Report on vaccination in Madras 1895-1903 - 1895-1903
Year: 1895
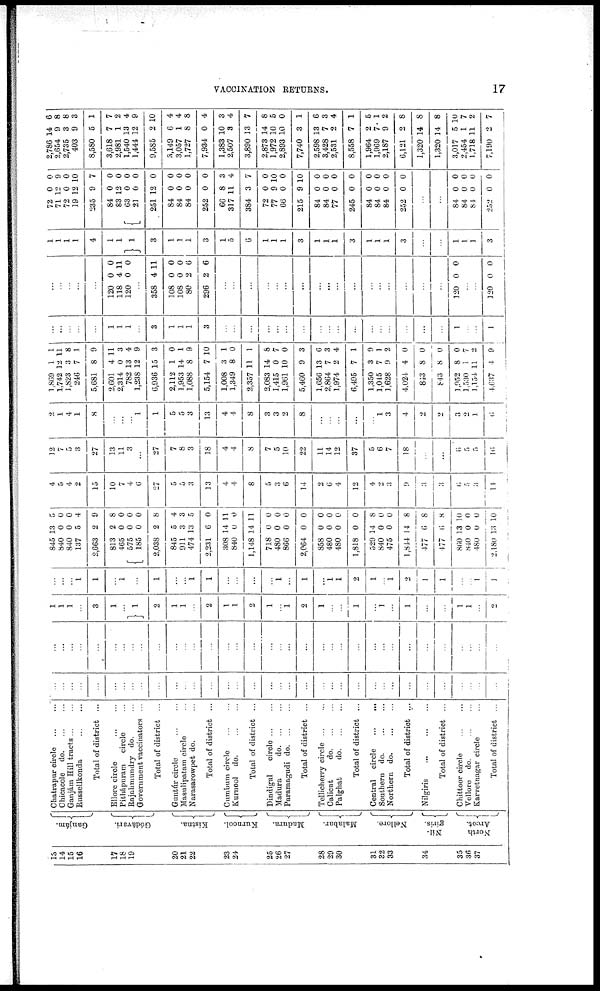
VACCINATION RETURNS.
17
13
14
15
16
17
18
19
20
21
22
23
24
25
26
27
28
29
30
31
32
33
34
35
36
37
Ganjám.
Gódávari.
Kistna.
Kurnool.
Madura.
Malabar.
Nellore.
Nil-
giris.
North
Arcot.
Chatarapur circle
...
...
Chicacole
d
o
. ... ...
Ganjám Hill tracts
...
...
Russellkonda
...
...
Total of district ...
Ellore circle
...
...
Pithápuram
circle ...
Rajahmundry do. ...
Government vaccinators ...
Total of district ...
Guntúr circle ... ...
Masulipatam circle ...
Narasarowpet do. ...
Total of district ...
Cumbum circle ... ...
Kurnool
do.
...
...
Total of district ...
Dindigul
circle
...
...
Madura
d
o
. ... ...
Paramagudi d
o
. ... ...
Total of district ...
Tellicherry circle ... ...
Calicut
d
o
. ... ...
Palghat
d
o
. ... ...
Total of district ...
Central
circle
...
...
Southern d
o
. ... ...
Northern d
o
. ... ...
Total of district ...
Nilgiris
...
...
...
Total of district ...
Chittoor circle ... ...
Vellore
do.
...
...
Karvetnagar circle ...
Total of district ...
...
...
...
...
...
...
...
...
...
...
...
...
...
...
...
...
...
...
...
...
...
...
...
...
...
...
...
...
...
...
...
...
...
...
...
...
...
...
...
...
...
...
...
...
...
...
...
...
...
...
...
...
...
...
...
...
...
...
...
...
...
...
...
...
...
...
...
...
...
...
1
1
1
...
3
1
...
1
2
1
1
...
2
1
1
2
1
...
1
2
1
...
...
1
...
1
...
1
...
...
1
1
...
2
...
...
...
1
1
...
1
...
1
...
...
1
1
...
...
...
...
1
...
1
...
1
1
2
1
...
1
2
1
1
...
...
1
1
845
840
840
137
2,663
813
465
575
185
2,038
845
911
474
2,231
308
840
1,148
718
480
866
2,064
858
480
480
1,818
529
840
475
1,844
477
477
860
840
480
2,180
13
0
0
5
2
2
0
0
0
2
5
3
13
6
14
0
14
0
0
0
0
0
0
0
0
14
0
0
14
6
6
13
0
0
13
5
0
0
4
9
8
0
0
0
8
4
3
5
0
11
0
11
0
0
0
0
0
0
0
0
8
0
0
8
8
8
10
0
0
10
4
5
4
2
15
10
7
4
6
27
5
5
3
13
4
4
8
5
3
6
14
2
6
4
12
4
2
3
9
3
3
6
5
3
11
12
7
5
3
27
13
11
3
...
27
7
8
3
18
4
4
8
7
5
10
22
11
14
12
37
5
6
7
18
...
...
6
5
5
16
2
1
4
1
8
...
...
...
1
1
5
5
3
13
4
4
8
3
3
2
8
...
...
...
...
...
1
3
4
2
2
3
2
1
6
1,869
1,742
1,823
246
5,681
2,601
2,314
782
1,238
6,936
2,112
1,953
1,088
5,154
1,008
1,349
2,357
2,083
1,415
1,961
5,460
1,656
2,864
1,974
6,495
1,350
1,045
1,628
4,024
843
843
1,952
1,530
1,154
4,637
1
12
3
7
8
4
0
13
12
15
1
14
8
7
3
8
11
14
0
10
9
13
7
2
7
3
7
9
4
8
8
8
1
11
4
1
11
8
1
9
11
3
4
9
3
0
1
9
10
1
0
1
8
7
0
3
6
3
4
1
9
1
2
0
0
0
0
7
2
9
...
...
...
...
...
1
1
1
...
3
1
1
1
3
...
...
...
...
...
...
...
...
...
...
...
...
...
...
...
...
...
1
...
...
1
...
...
...
...
...
120
118
120
0
4
0
0
11
0
...
358
108
108
80
296
4
0
0
2
2
11
0
0
6
6
...
...
...
...
...
...
...
...
...
...
...
...
...
...
...
...
...
120
0 0
...
...
120 0 0
1
1
1
1
4
1
1
1
3
1
1
1
3
1
0
6
1
1
1
3
1
1
1
3
1
1
1
3
...
...
1
1
1
3
72
71
72
19
235
84
83
63
21
251
84
84
84
252
66
317
384
72
77
66
215
84
84
77
245
84
84
84
252
0
12
0
12
9
0
12
0
0
12
0
0
0
0
8
11
3
0
9
0
9
0
0
0
0
0
0
0
0
0
9
0
10
7
0
0
0
0
0
0
0
0
0
3
4
7
0
10
0
10
0
0
0
0
0
0
0
0
...
...
84
84
84
252
0
0
0
0
0
0
0
0
2,786
2,654
2,735
403
8,580
3,618
2,981
1,540
1,444
9,585
3,149
3,057
1,727
7,934
1,383
2,507
3,890
2,873
1,972
2,893
7,740
2,598
3,428
2,531
8,558
1,964
1,969
2,187
6,121
1,320
1,320
3,017
2,454
1,718
7,190
14
9
3
9
5
7
1
13
12
2
6
1
8
0
10
3
13
14
10
10
3
13
7
2
7
2
7
9
2
14
14
5
1
11
2
6
8
8
3
1
7
2
4
9
10
4
4
8
4
3
4
7
8
5
0
1
6
3
4
1
5
1
2
8
8
8
10
7
2
7